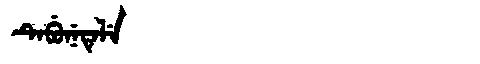
Manchu: ᡨᡝᠪᡠᠨᡝᡨᡝᠯᡝ
Romanization: TEBUNETELE